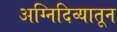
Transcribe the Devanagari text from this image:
अग्निदिव्यातून